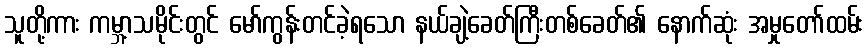
သူတို့ကား ကမ္ဘာ့သမိုင်းတွင် မော်ကွန်းတင်ခဲ့ရသော နယ်ချဲ့ခေတ်ကြီးတစ်ခေတ်၏ နောက်ဆုံး အမှုတော်ထမ်း